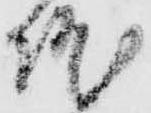
院